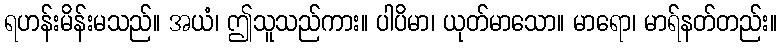
ရဟန်းမိန်းမသည်။ အယံ၊ ဤသူသည်ကား။ ပါပိမာ၊ ယုတ်မာသော။ မာရော၊ မာရ်နတ်တည်း။